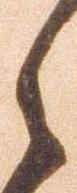
之